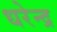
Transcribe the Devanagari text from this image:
धरेन्द्र